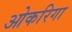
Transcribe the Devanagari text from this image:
ओकरिगा